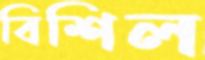
বিশিল